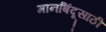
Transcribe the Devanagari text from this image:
मानबिंदूसाठी